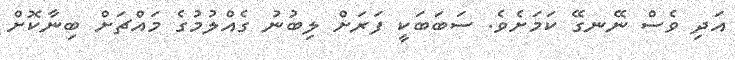
އަދި ވެސް ނޭނގޭ ކަމަށެވެ. ސަބަބަކީ ފަރަށް ލިބުނު ގެއްލުމުގެ މައްޗަށް ބިނާކޮށް